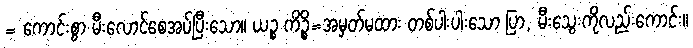
= ကောင်းစွာ မီးလောင်စေအပ်ပြီးသော။ ယဉ္စ ကိဉ္စိ=အမှတ်မထား တစ်ပါးပါးသော ပြာ, မီးသွေးကိုလည်းကောင်း။